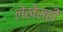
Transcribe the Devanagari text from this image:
लेखेसही